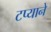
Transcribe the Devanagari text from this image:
टप्याने